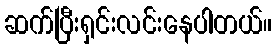
ဆက်ပြီးရှင်းလင်းနေပါတယ်။